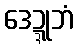
ဒေဍ္ဍုဘံ